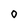
Character: 0